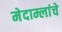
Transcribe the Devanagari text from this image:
मेदाम्लांचे